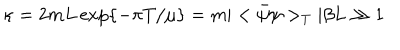
\kappa = 2 m L \exp \{ - \pi T / \mu \} = m | < \bar { \psi } \psi > _ { T } | \beta L \gg 1